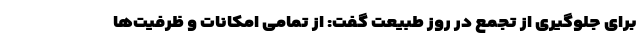
برای جلوگیری از تجمع در روز طبیعت گفت: از تمامی امکانات و ظرفیت‌ها